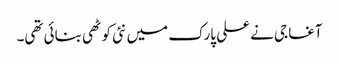
آغا جی نے علی پارک میں نئی کوٹھی بنائی تھی۔